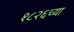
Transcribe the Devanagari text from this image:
१८२६च्या